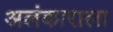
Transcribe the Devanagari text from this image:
अलंकाराला